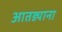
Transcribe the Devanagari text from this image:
आतड्याना